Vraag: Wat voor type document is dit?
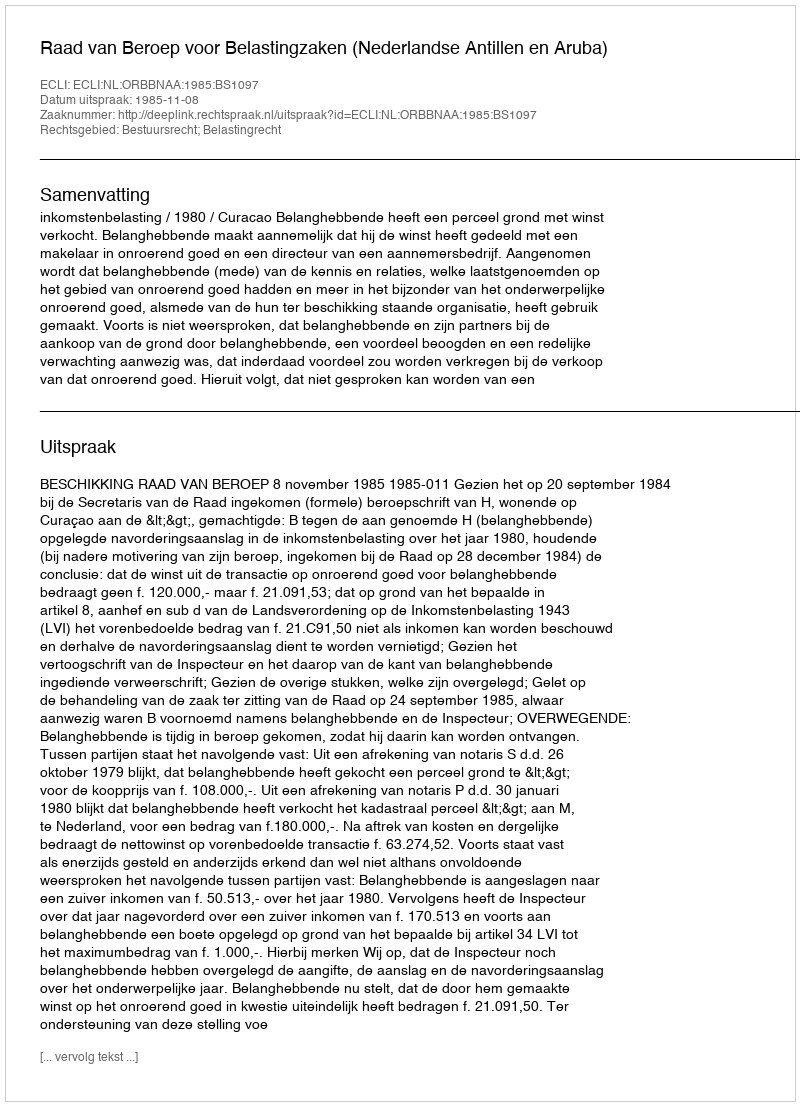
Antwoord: Uitspraak